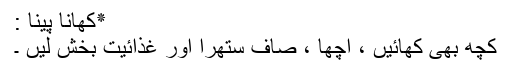
٭کھانا پینا :
کچھ بھی کھائیں ، اچھا ، صاف ستھرا اور غذائیت بخش لیں ۔